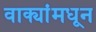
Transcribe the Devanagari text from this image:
वाक्यांमधून